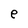
Character: e